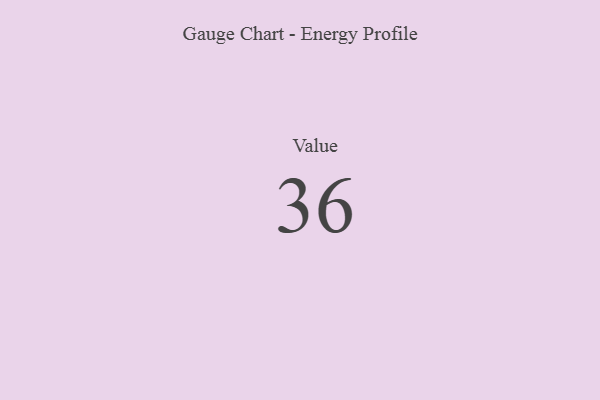
{"axis": {"x": "Metric", "y": "Value"}, "legend": [""], "data": [{"x": "Value", "y": 36, "type": ""}]}